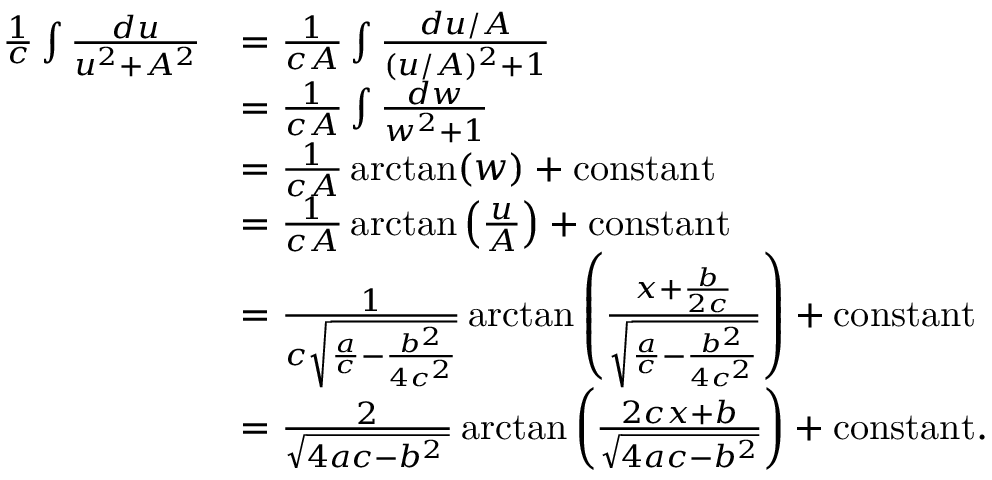
{ \begin{array} { r l } { { \frac { 1 } { c } } \int { \frac { d u } { u ^ { 2 } + A ^ { 2 } } } } & { = { \frac { 1 } { c A } } \int { \frac { d u / A } { ( u / A ) ^ { 2 } + 1 } } } \\ & { = { \frac { 1 } { c A } } \int { \frac { d w } { w ^ { 2 } + 1 } } } \\ & { = { \frac { 1 } { c A } } \arctan ( w ) + \mathrm { c o n s t a n t } } \\ & { = { \frac { 1 } { c A } } \arctan \left( { \frac { u } { A } } \right) + { \mathrm { c o n s t a n t } } } \\ & { = { \frac { 1 } { c { \sqrt { { \frac { a } { c } } - { \frac { b ^ { 2 } } { 4 c ^ { 2 } } } } } } } \arctan \left( { \frac { x + { \frac { b } { 2 c } } } { \sqrt { { \frac { a } { c } } - { \frac { b ^ { 2 } } { 4 c ^ { 2 } } } } } } \right) + { \mathrm { c o n s t a n t } } } \\ & { = { \frac { 2 } { \sqrt { 4 a c - b ^ { 2 } \, } } } \arctan \left( { \frac { 2 c x + b } { \sqrt { 4 a c - b ^ { 2 } } } } \right) + { \mathrm { c o n s t a n t } } . } \end{array} }